Civil Veterinary Department. United Provinces 1923-31 - 1923-1931
Year: 1923
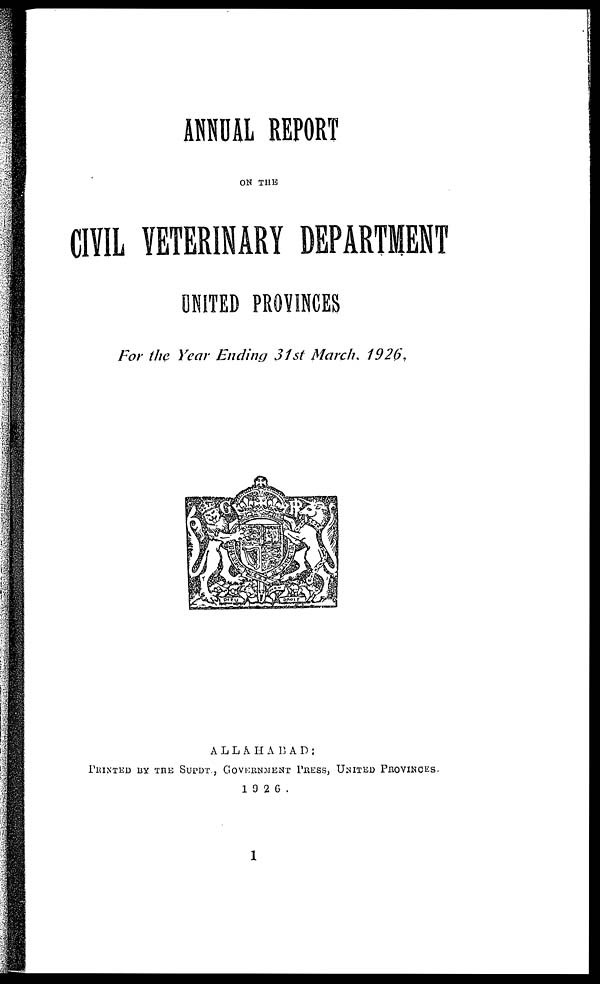
ANNUAL REPORT
ON THE
CIVIL VETERINARY DEPARTMENT
UNITED PROVINCES
For the Year Ending 31st March, 1926.
PRINTED BY THE SUPDT., GOVERNMENT PRESS, UNITED PROVINCES.
1926.
1